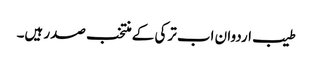
طیب اردوان اب ترکی کے منتخب صدر ہیں۔